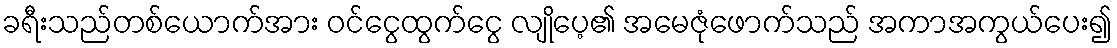
ခရီးသည်တစ်ယောက်အား ဝင်ငွေထွက်ငွေ လျိုပေ့၏ အမေဇုံဖောက်သည် အကာအကွယ်ပေး၍